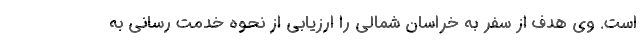
است. وی هدف از سفر به خراسان شمالی را ارزیابی از نحوه خدمت رسانی به